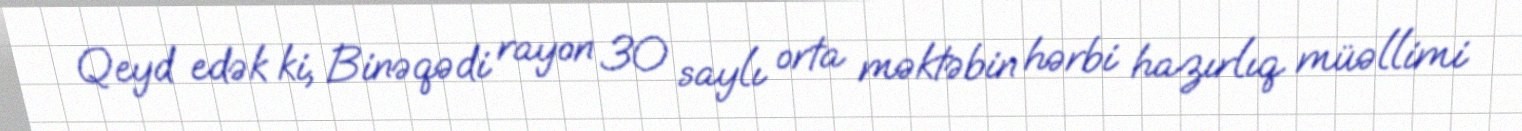
Qeyd edək ki, Binəqədi rayon 30 saylı orta məktəbin hərbi hazırlıq müəllimi